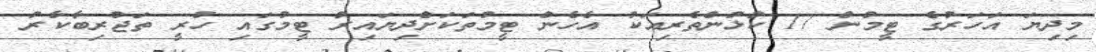
މިދިޔަ އަހަރުގެ ޓީމުން 17 ކުޅުންތެރިއަކު އެހެން ޓީމުތަކަށްދިޔައިރު ޓީމުގައި ހުރީ ތަޖުރިބާކާރު